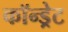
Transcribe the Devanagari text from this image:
कॉन्ड्रेट